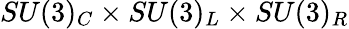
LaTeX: SU(3)_{C}\times SU(3)_{L}\times SU(3)_{R}